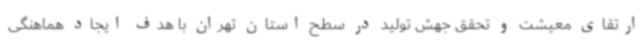
ارتقای معیشت و تحقق جهش تولید در سطح استان تهران با هدف ایجاد هماهنگی